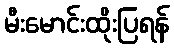
မီးမောင်းထိုးပြရန်